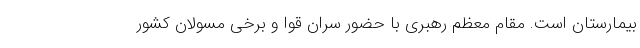
بیمارستان است. مقام معظم رهبری با حضور سران قوا و برخی مسولان کشور